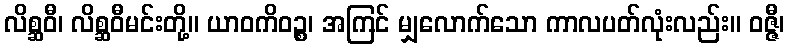
လိစ္ဆဝီ၊ လိစ္ဆဝီမင်းတို့။ ယာဝကိဝဉ္စ၊ အကြင် မျှလောက်သော ကာလပတ်လုံးလည်း။ ဝဇ္ဇီ၊